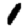
Digit: 1